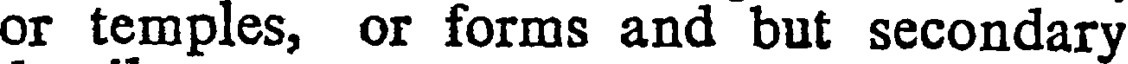
or temples, or forms and but secondary